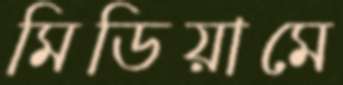
মিডিয়ামে